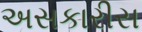
અસકારીસ